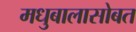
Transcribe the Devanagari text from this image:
मधुबालासोबत